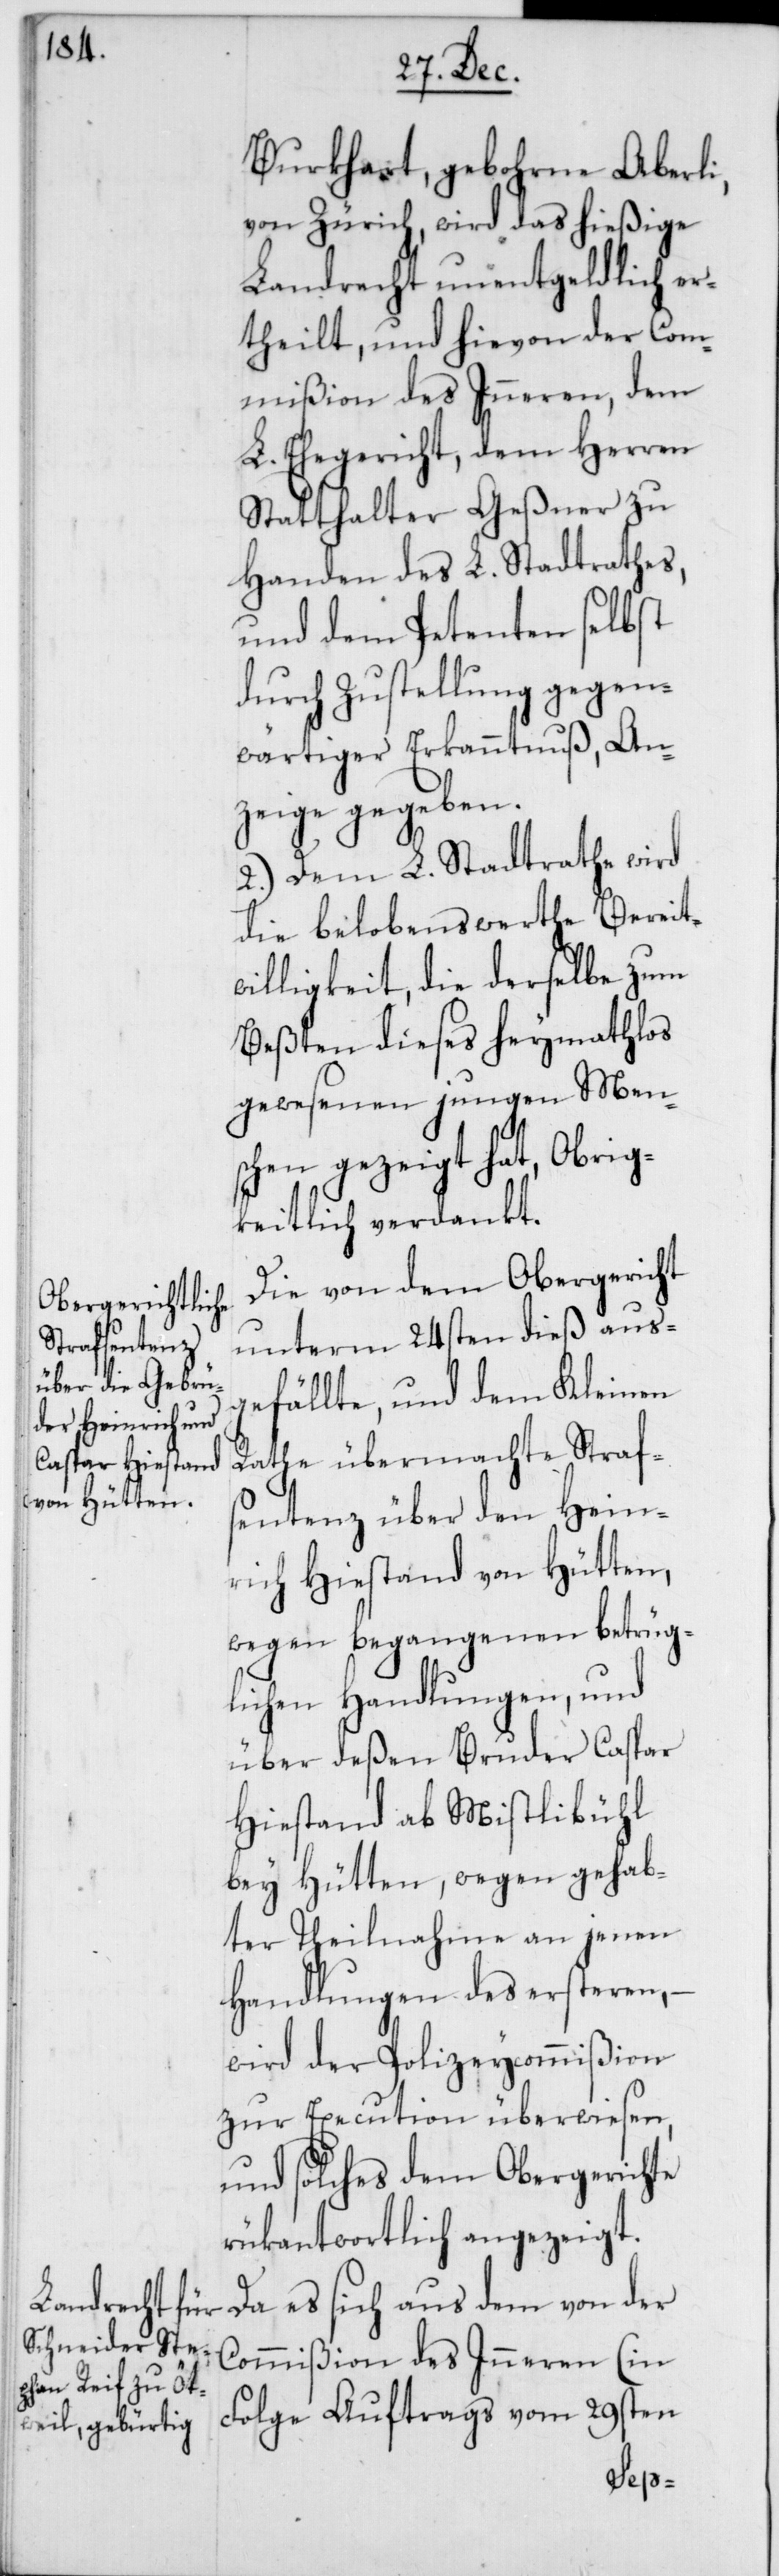
Burkhart, gebohrne Aberli,
von Zürich, wird das hießige
Landrecht unentgeldlich er¬
theilt, und hievon der Com¬
mißion des Inneren, dem
L. Ehegericht, dem Herren
Statthalter Geßner zu
Handen des L. Stadtrathes,
und dem Petenten selbst
durch Zustellung gegen¬
wärtiger Erkanntnuß, An¬
zeige gegeben.
2.) Dem L. Stadtrate wird
die belobenswerthe Bereit¬
willigkeit, die derselbe zum
besten dieses heymathlos
gewesenen jungen Men¬
schen gezeigt hat, Obrig¬
keitlich verdankt.
Die von dem Obergericht
unterm 24sten dieß aus¬
gefällte, und dem Kleinen
Rathe übermachte Straf¬
sentenz über den Hein¬
rich Hiestand von Hütten,
wegen begangenen betrüg¬
lichen Handlungen, und
über deßen Bruder Caspar
Hiestand ab Mistlibühl
bey Hütten, wegen gehab¬
ter Theilnahme an jenen
Handlungen des ersteren,
wird der Polizeycommißion
zur Execution überwiesen,
und solches dem Obergerichte
rükantwortlich angezeigt.
Da es sich aus dem von der
Commißion des Inneren (in
Folge Auftrags vom 29sten